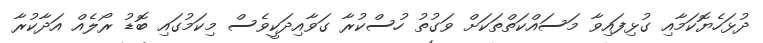
ދުޅަހެޔޮކަމާއި ގުޅިފައިވާ މަސައްކަތްތަކަށް ވަގުތު ހުސްކުރާ ގަވާއިދަކީވެސް މިކަމުގައި ބޮޑު ރޯލެއް އަދާކުރާ